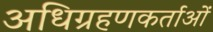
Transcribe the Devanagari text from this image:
अधिग्रहणकर्ताओं